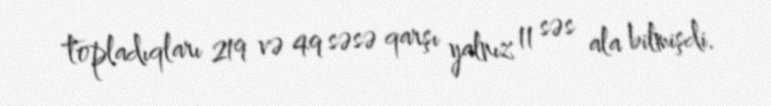
topladıqları 219 və 49 səsə qarşı yalnız 11 səs ala bilmişdi.